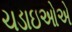
ચડાઇઓએ